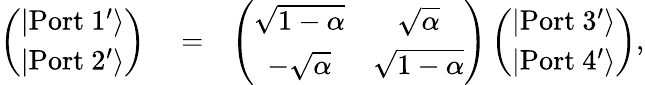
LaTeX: \begin{array}{rlr}{\left(\begin{array}{c}{|\mathrm{Port\ 1^{\prime}}\rangle}\\ {|\mathrm{Port\ 2^{\prime}}\rangle}\end{array}\right)}&{{}=}&{\left(\begin{array}{cc}{\sqrt{1-\alpha}}&{\sqrt{\alpha}}\\ {-\sqrt{\alpha}}&{\sqrt{1-\alpha}}\end{array}\right)\left(\begin{array}{c}{|\mathrm{Port\ 3^{\prime}}\rangle}\\ {|\mathrm{Port\ 4^{\prime}}\rangle}\end{array}\right),}\end{array}